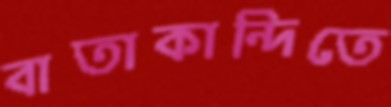
বাতাকান্দিতে